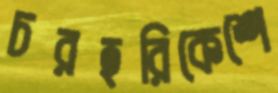
চরহরিকেশে